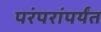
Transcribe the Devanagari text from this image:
परंपरांपर्यंत